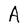
Character: A